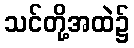
သင်တို့အထဲ၌